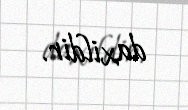
daxildir.